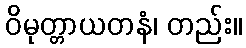
ဝိမုတ္တာယတနံ၊ တည်း။